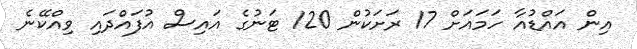
އިން އައްޑުއާ ހަމައަށް 17 ރަށަކުން 120 ޓަނުގެ އައިސް އުފައްދައި ވިއްކޭނެ